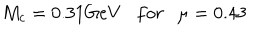
M _ { c } = 0 . 3 1 G e V f o r \mu = 0 . 4 3